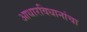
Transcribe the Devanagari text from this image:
आधारविधानांचा